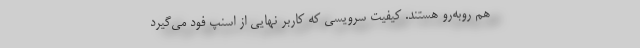
هم روبه‌رو هستند. کیفیت سرویسی که کاربر نهایی از اسنپ فود می‌گیرد